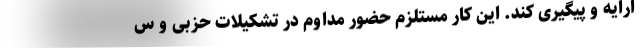
ارایه و پیگیری کند. این کار مستلزم حضور مداوم در تشکیلات حزبی و س